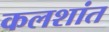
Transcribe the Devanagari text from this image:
कलशांत